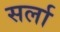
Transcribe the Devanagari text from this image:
सर्ला